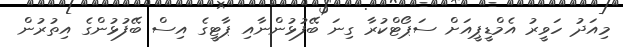
މިއަދު ހަވީރު އެމްޑީޕީއަށް ސަޕޯޓްކުރާ ގިނަ ބޭފުޅުންނާއި ޕާޓީގެ އިސް ބޭފުޅުންގެ އިތުރުން